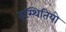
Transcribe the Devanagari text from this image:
इस्थितियो